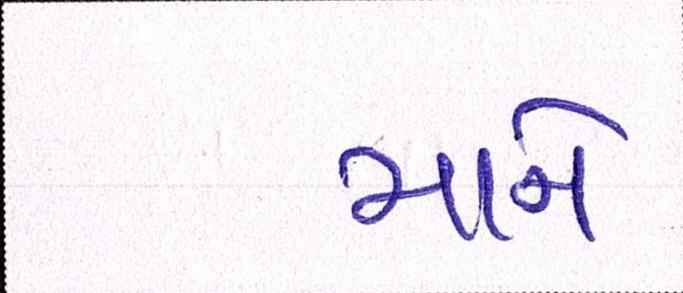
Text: માને